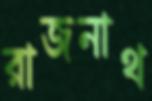
রাজনাথ